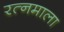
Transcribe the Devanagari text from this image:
रत्‍नमाला